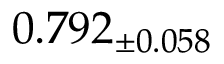
0 . 7 9 2 _ { \pm 0 . 0 5 8 }